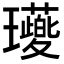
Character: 𭺖